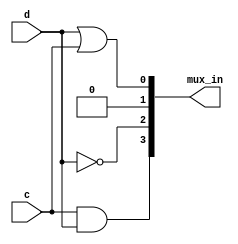
module top_module (
    input c,
    input d,
    output [3:0] mux_in
); 

    assign mux_in[0] = d | c;
    assign mux_in[1] = 1'b0;
    assign mux_in[2] = ~d;
    assign mux_in[3] = c & d;
    //a & b inputs are needed to create MUX design here
endmodule